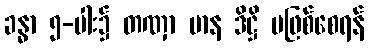
ခန္ဓာ ၅-ပါး၌ တဏှာ မာန ဒိဋ္ဌိ မဖြစ်စေရန်